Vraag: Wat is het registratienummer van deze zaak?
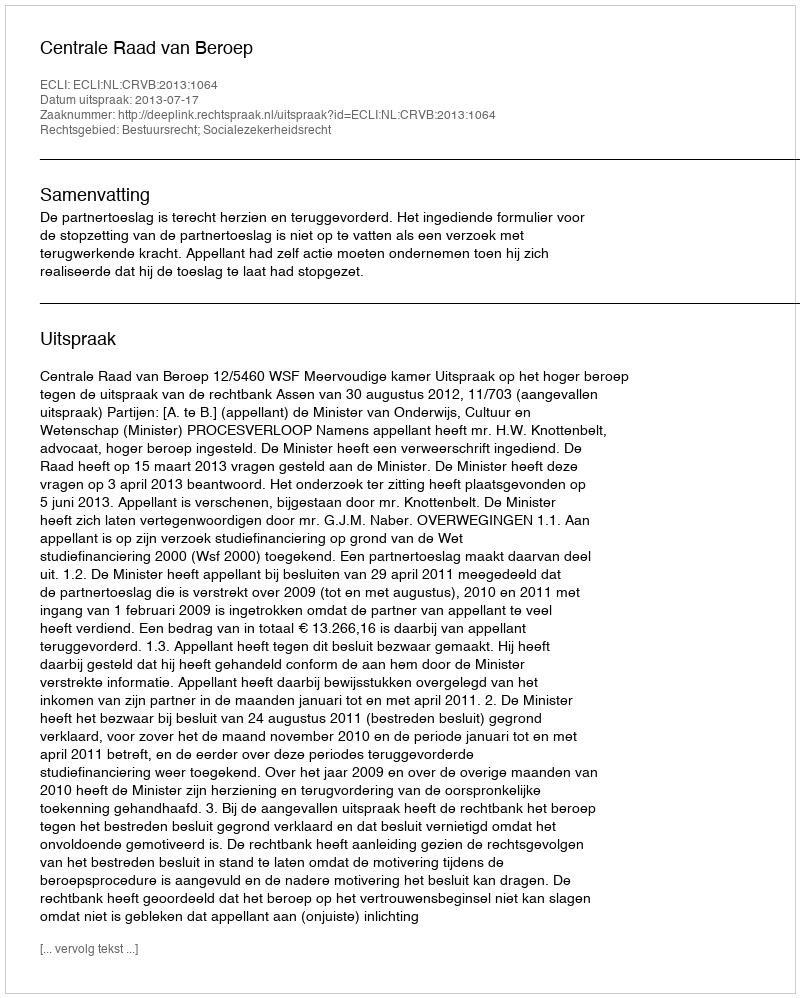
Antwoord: http://deeplink.rechtspraak.nl/uitspraak?id=ECLI:NL:CRVB:2013:1064